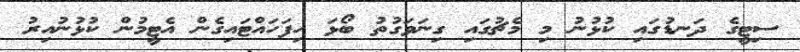
ސިޓީގެ ދަނޑުގައި ކުޅުނު މި މެޗުގައި ގިނަވަގުތު ބޯޅަ ހިފަހައްޓައިގެން އެޓީމުން ކުޅުނުއިރު